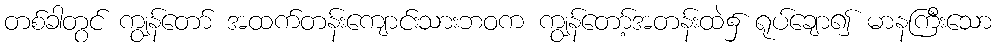
တစ်ခါတွင် ကျွန်တော် အထက်တန်းကျောင်းသားဘဝက ကျွန်တော့်အတန်းထဲ၌ ရုပ်ချော၍ မာနကြီးသော